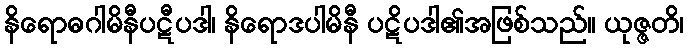
နိရောဓဂါမိနီပဋီပဒါ၊ နိရောဒပါမိနီ ပဋိပဒါ၏အဖြစ်သည်။ ယုဇ္ဇတိ၊